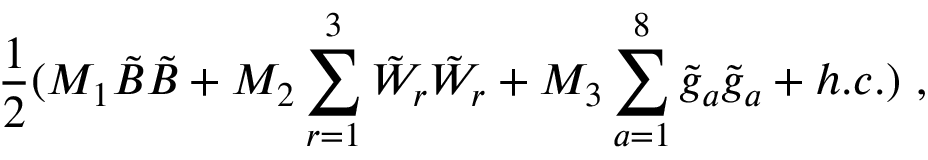
\frac { 1 } { 2 } ( M _ { 1 } \tilde { B } \tilde { B } + M _ { 2 } \sum _ { r = 1 } ^ { 3 } \tilde { W } _ { r } \tilde { W } _ { r } + M _ { 3 } \sum _ { a = 1 } ^ { 8 } \tilde { g } _ { a } \tilde { g } _ { a } + h . c . ) ~ ,